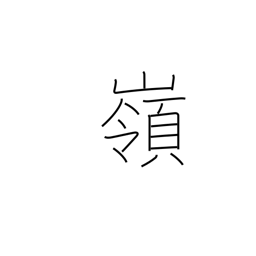
Meaning: summit